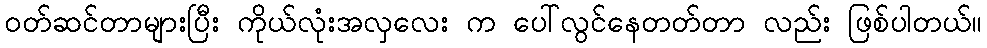
ဝတ်ဆင်တာများပြီး ကိုယ်လုံးအလှလေး က ပေါ်လွင်နေတတ်တာ လည်း ဖြစ်ပါတယ်။